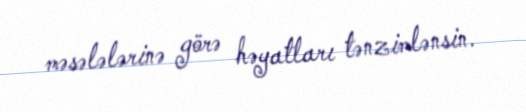
məsələlərinə görə həyatları tənzimlənsin.